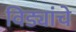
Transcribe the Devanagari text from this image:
विड्यांचे